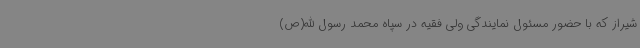
شیراز که با حضور مسئول نمایندگی ولی فقیه در سپاه محمد رسول الله(ص)